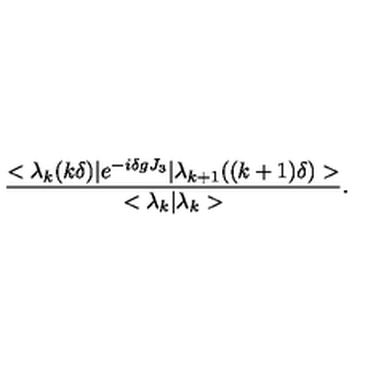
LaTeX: \frac { < \lambda _ { k } ( k \delta ) | e ^ { - i \delta g J _ { 3 } } | \lambda _ { k + 1 } ( ( k + 1 ) \delta ) > } { < \lambda _ { k } | \lambda _ { k } > } .